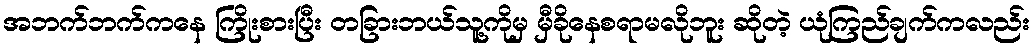
အဘက်ဘက်ကနေ ကြိုးစားပြီး တခြားဘယ်သူ့ကိုမှ မှီခိုနေစရာမလိုဘူး ဆိုတဲ့ ယုံကြည်ချက်ကလည်း